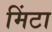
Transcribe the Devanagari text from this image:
मिंटा